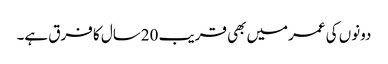
دونوں کی عمرمیں بھی قریب 20سال کا فرق ہے۔